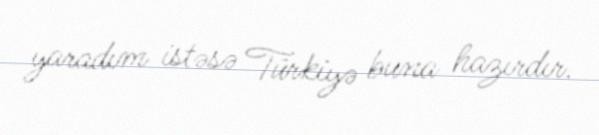
yaradım istəsə Türkiyə buna hazırdır.